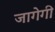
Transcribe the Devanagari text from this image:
जागेगी